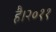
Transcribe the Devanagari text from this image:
है।२०११